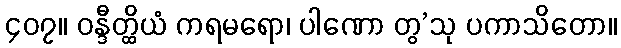
၄၀၇။ ဝန္ဒီတ္ထိယံ ကရမရော၊ ပါဏော တွ’သု ပကာသိတော။